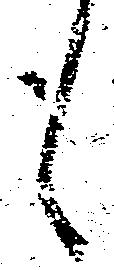
も